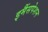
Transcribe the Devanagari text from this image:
इमैंसपेशन